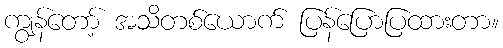
ကျွန်တော့် အသိတစ်ယောက် ပြန်ပြောပြထားတာ။